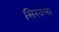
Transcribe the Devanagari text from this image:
सिखला